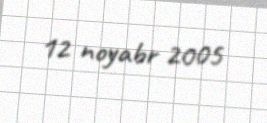
12 noyabr 2005